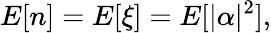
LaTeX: E[n]=E[\xi]=E[|\alpha|^{2}],